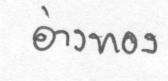
อ่างทอง